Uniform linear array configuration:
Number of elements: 48
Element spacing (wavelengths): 0.25
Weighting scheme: exponential
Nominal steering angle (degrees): -15
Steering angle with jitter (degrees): -15.312
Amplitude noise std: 0.05
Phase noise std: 0.05

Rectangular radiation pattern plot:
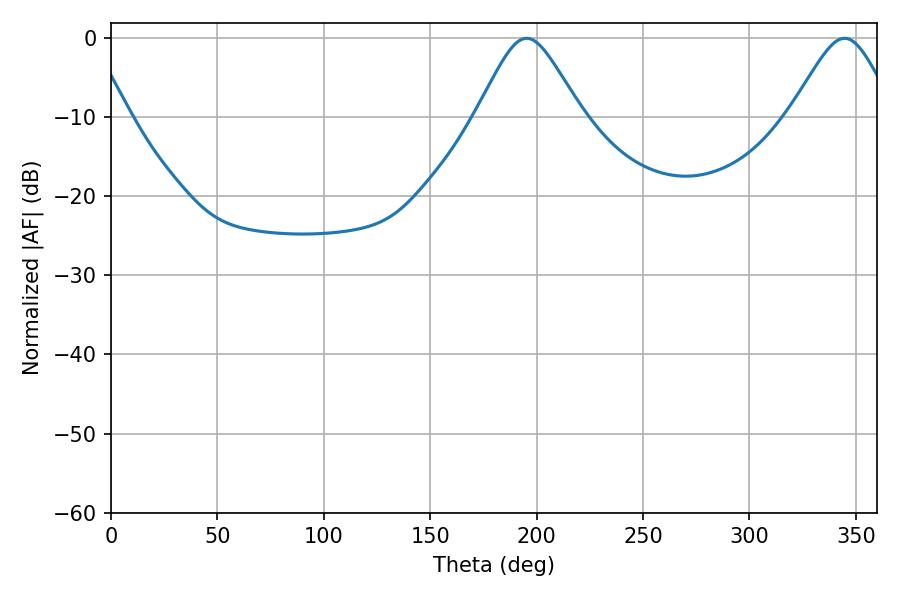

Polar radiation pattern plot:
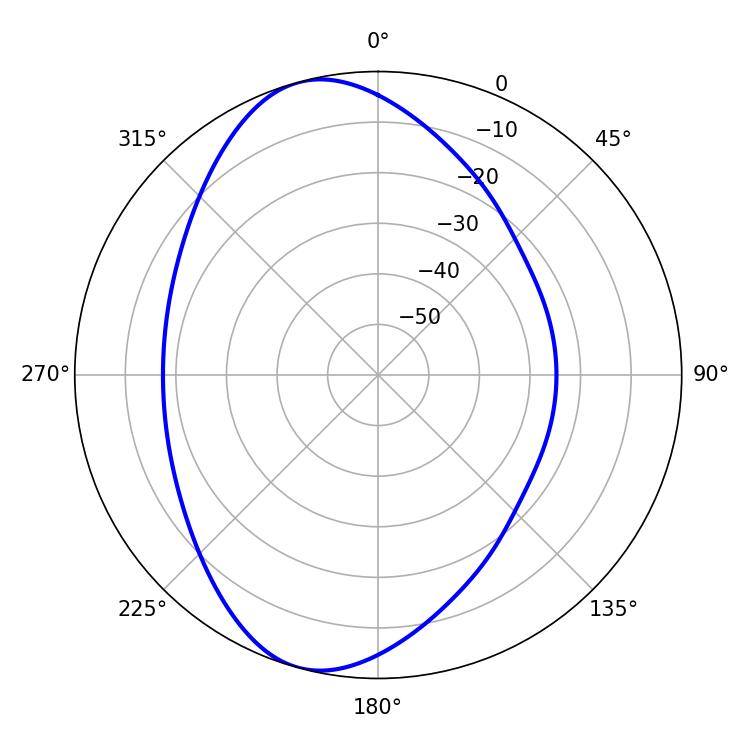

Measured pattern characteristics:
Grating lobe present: FALSE
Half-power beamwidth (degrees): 23.94
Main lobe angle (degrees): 195.3